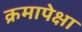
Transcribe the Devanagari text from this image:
क्रमापेक्षा